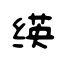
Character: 绬